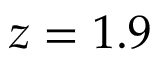
z = 1 . 9